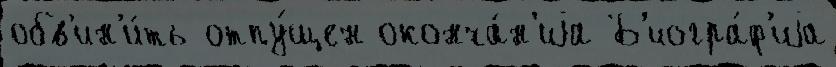
обв'ин'и́ть отпу́щен оконча́н'иjа Б'иогра́ф'иjа